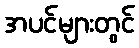
အပင်များတွင်